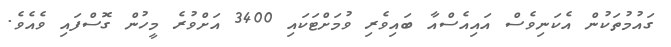
ގައުމުތަކުން އެކަނިވެސް އައިއެސްއާ ބައިވެރި ވުމަށްޓަކައި 3400 އަށްވުރެ މީހުން ގޮސްފައި ވެއެވެ.